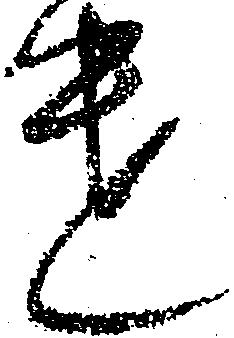
遣